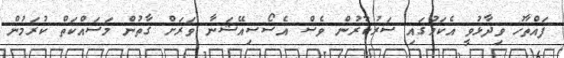
ފައްތާހު ވިދާޅުވީ އެކަމުގައި ސަރުކާރުން ވެސް އެސޯސިއޭޝަނާ ވަރަށް ގާތުން މަސައްކަތް ކުރަމުން